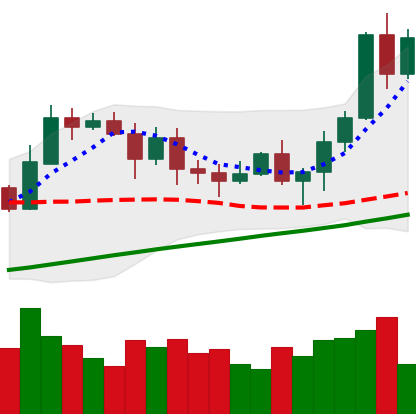
Ticker: ETH-USD
Chart end date: 2020-11-08
Forward return: 4.646%
Label: up_3_5